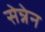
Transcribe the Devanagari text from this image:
सेन्नेन